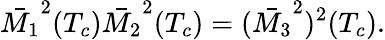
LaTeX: \bar{M_{1}}^{2}(T_{c})\bar{M_{2}}^{2}(T_{c})=(\bar{M_{3}}^{2})^{2}(T_{c}).